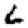
Digit: 6